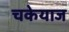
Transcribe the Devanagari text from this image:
चकेयाज